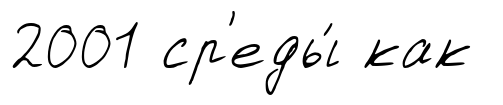
2001 ср'еды́ как